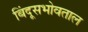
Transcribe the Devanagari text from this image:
बिंदूसभोवताल